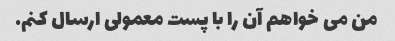
من می خواهم آن را با پست معمولی ارسال کنم.